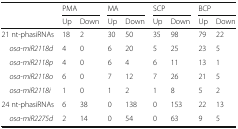
<table><thead><tr><td>[EMPTY_CELL]</td><td colspan="2"><b>PMA</b></td><td colspan="2"><b>MA</b></td><td colspan="2"><b>SCP</b></td><td colspan="2"><b>BCP</b></td></tr><tr><td>[EMPTY_CELL]</td><td><b>Up</b></td><td><b>Down</b></td><td><b>Up</b></td><td><b>Down</b></td><td><b>Up</b></td><td><b>Down</b></td><td><b>Up</b></td><td><b>Down</b></td></tr></thead><tbody><tr><td>21 nt-phasiRNAs</td><td>18</td><td>2</td><td>30</td><td>50</td><td>35</td><td>98</td><td>79</td><td>22</td></tr><tr><td> <i>osa-miR2118d</i></td><td>4</td><td>0</td><td>6</td><td>20</td><td>5</td><td>25</td><td>23</td><td>5</td></tr><tr><td> <i>osa-miR2118p</i></td><td>4</td><td>0</td><td>6</td><td>4</td><td>6</td><td>11</td><td>13</td><td>1</td></tr><tr><td> <i>osa-miR2118o</i></td><td>6</td><td>0</td><td>7</td><td>12</td><td>7</td><td>26</td><td>21</td><td>5</td></tr><tr><td> <i>osa-miR2118i</i></td><td>1</td><td>0</td><td>1</td><td>2</td><td>1</td><td>8</td><td>5</td><td>2</td></tr><tr><td>24 nt-phasiRNAs</td><td>6</td><td>38</td><td>0</td><td>138</td><td>0</td><td>153</td><td>22</td><td>13</td></tr><tr><td> <i>osa-miR2275d</i></td><td>2</td><td>14</td><td>0</td><td>54</td><td>0</td><td>63</td><td>9</td><td>5</td></tr></tbody></table>